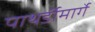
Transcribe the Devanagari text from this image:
पाथर्डीमार्गे